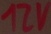
Text: 12